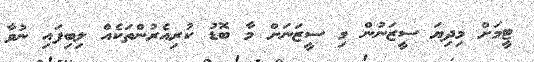
ޓީމަށް މިދިޔަ ސީޒަނުން މި ސީޒަނަށް މާ ބޮޑު ކުރިއެރުންތަކެއް ލިބިފައި ނުވާ